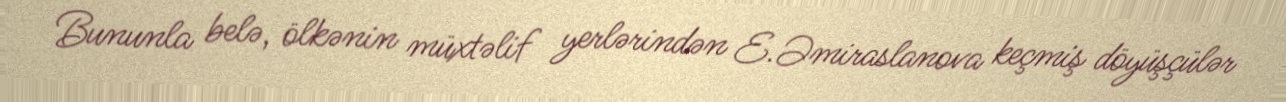
Bununla belə, ölkənin müxtəlif yerlərindən E.Əmiraslanova keçmiş döyüşçülər